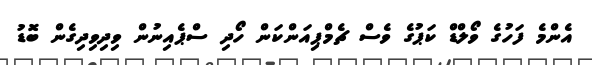
އެންމެ ފަހުގެ ވޯލްޑް ކަޕުގެ ވެސް ޗެމްޕިއަންކަން ހޯދި ސްޕެއިނުން ވިދިވިދިގެން ބޮޑު